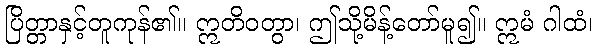
ပြိတ္တာနှင့်တူကုန်၏။ ဣတိဝတွာ၊ ဤသို့မိန့်တော်မူ၍။ ဣမံ ဂါထံ၊